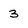
Character: 3